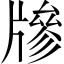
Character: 𤗲